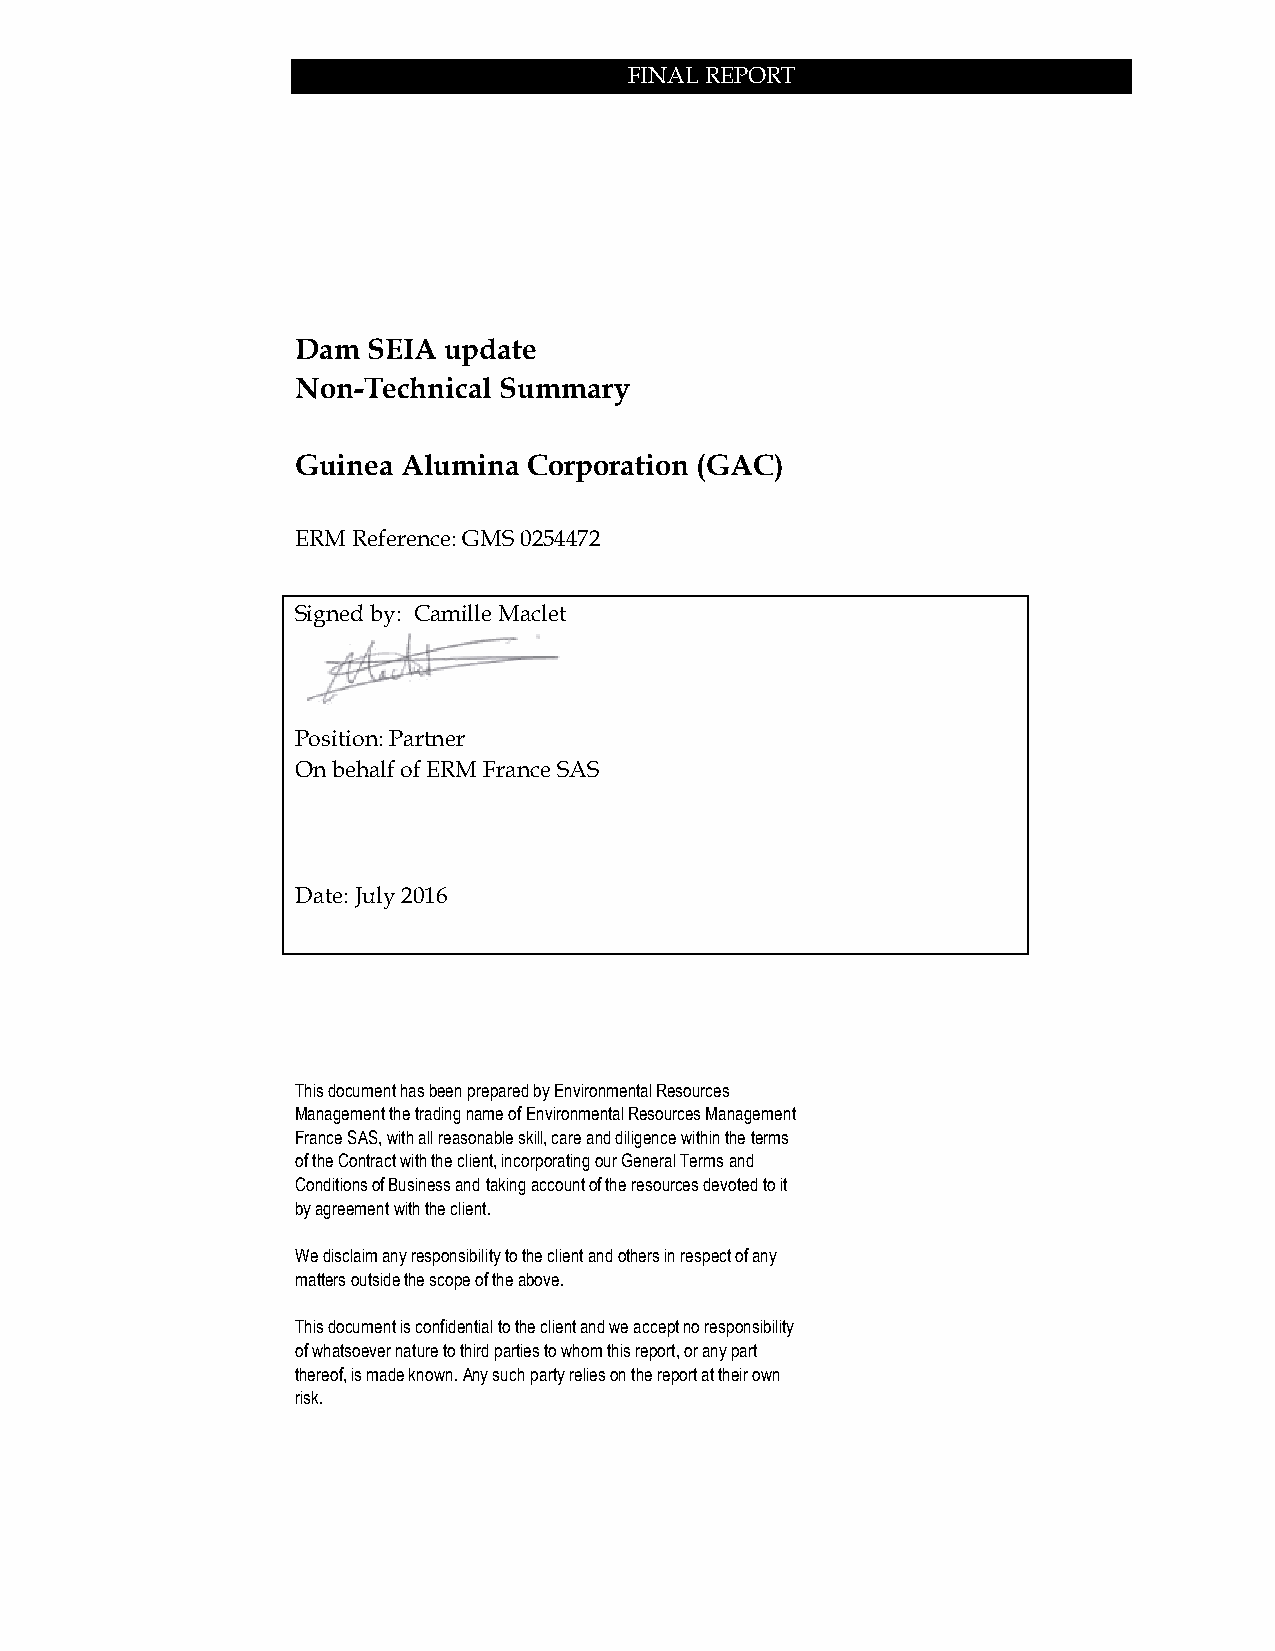
FINAL REPORT
 Dam SEIA update
 Non-Technical Summary
 Guinea Alumina Corporation (GAC)
 ERM Reference: GMS 0254472
 Signed by: Camille Maclet
 Position: Partner
 On behalf of ERM France SAS
 Date: July 2016
 This document has been prepared by Environmental Resources
 Management the trading name of Environmental Resources Management
 France SAS, with all reasonable skill, care and diligence within the terms
 of the Contract with the client, incorporating our General Terms and
 Conditions of Business and taking account of the resources devoted to it
 by agreement with the client.
 We disclaim any responsibility to the client and others in respect of any
 matters outside the scope of the above.
 This document is confidential to the client and we accept no responsibility
 of whatsoever nature to third parties to whom this report, or any part
 thereof, is made known. Any such party relies on the report at their own
 risk.